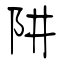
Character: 阱